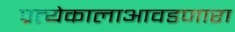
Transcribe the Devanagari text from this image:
प्रत्येकालाआवडणारा